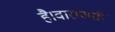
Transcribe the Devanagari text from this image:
है।वाराणसी